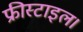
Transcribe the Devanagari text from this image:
फ्रीस्टाइल।